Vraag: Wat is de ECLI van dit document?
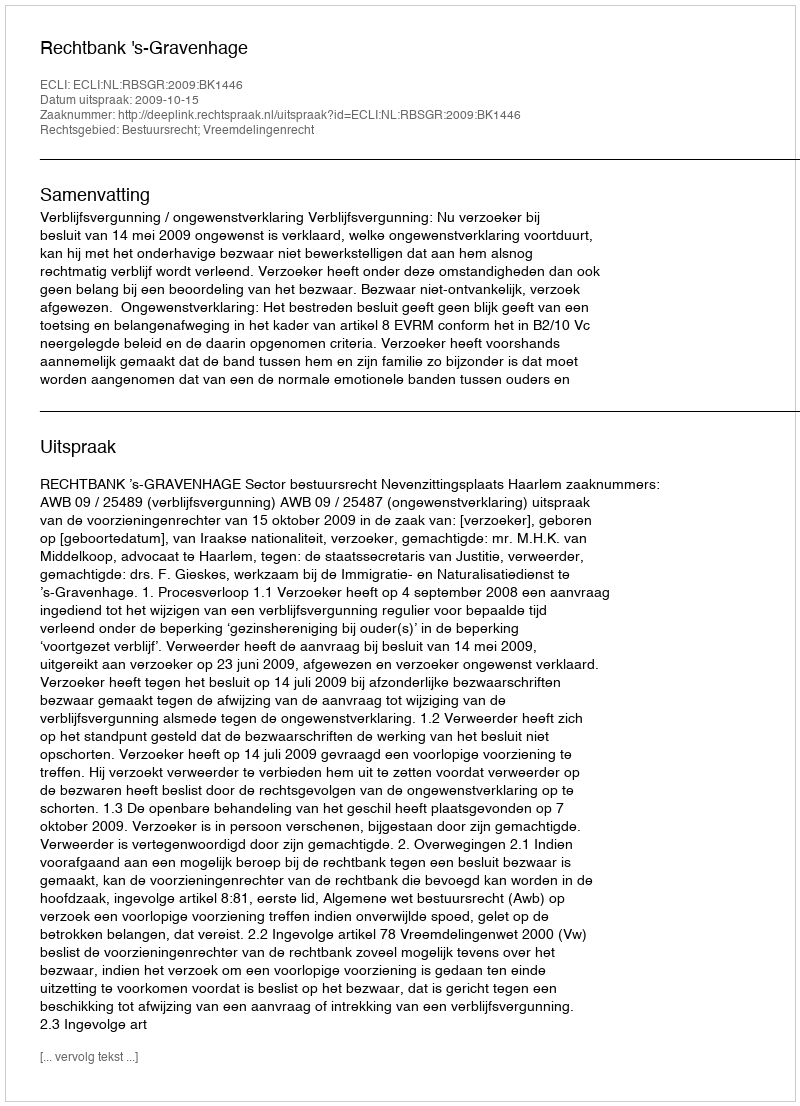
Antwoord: ECLI:NL:RBSGR:2009:BK1446